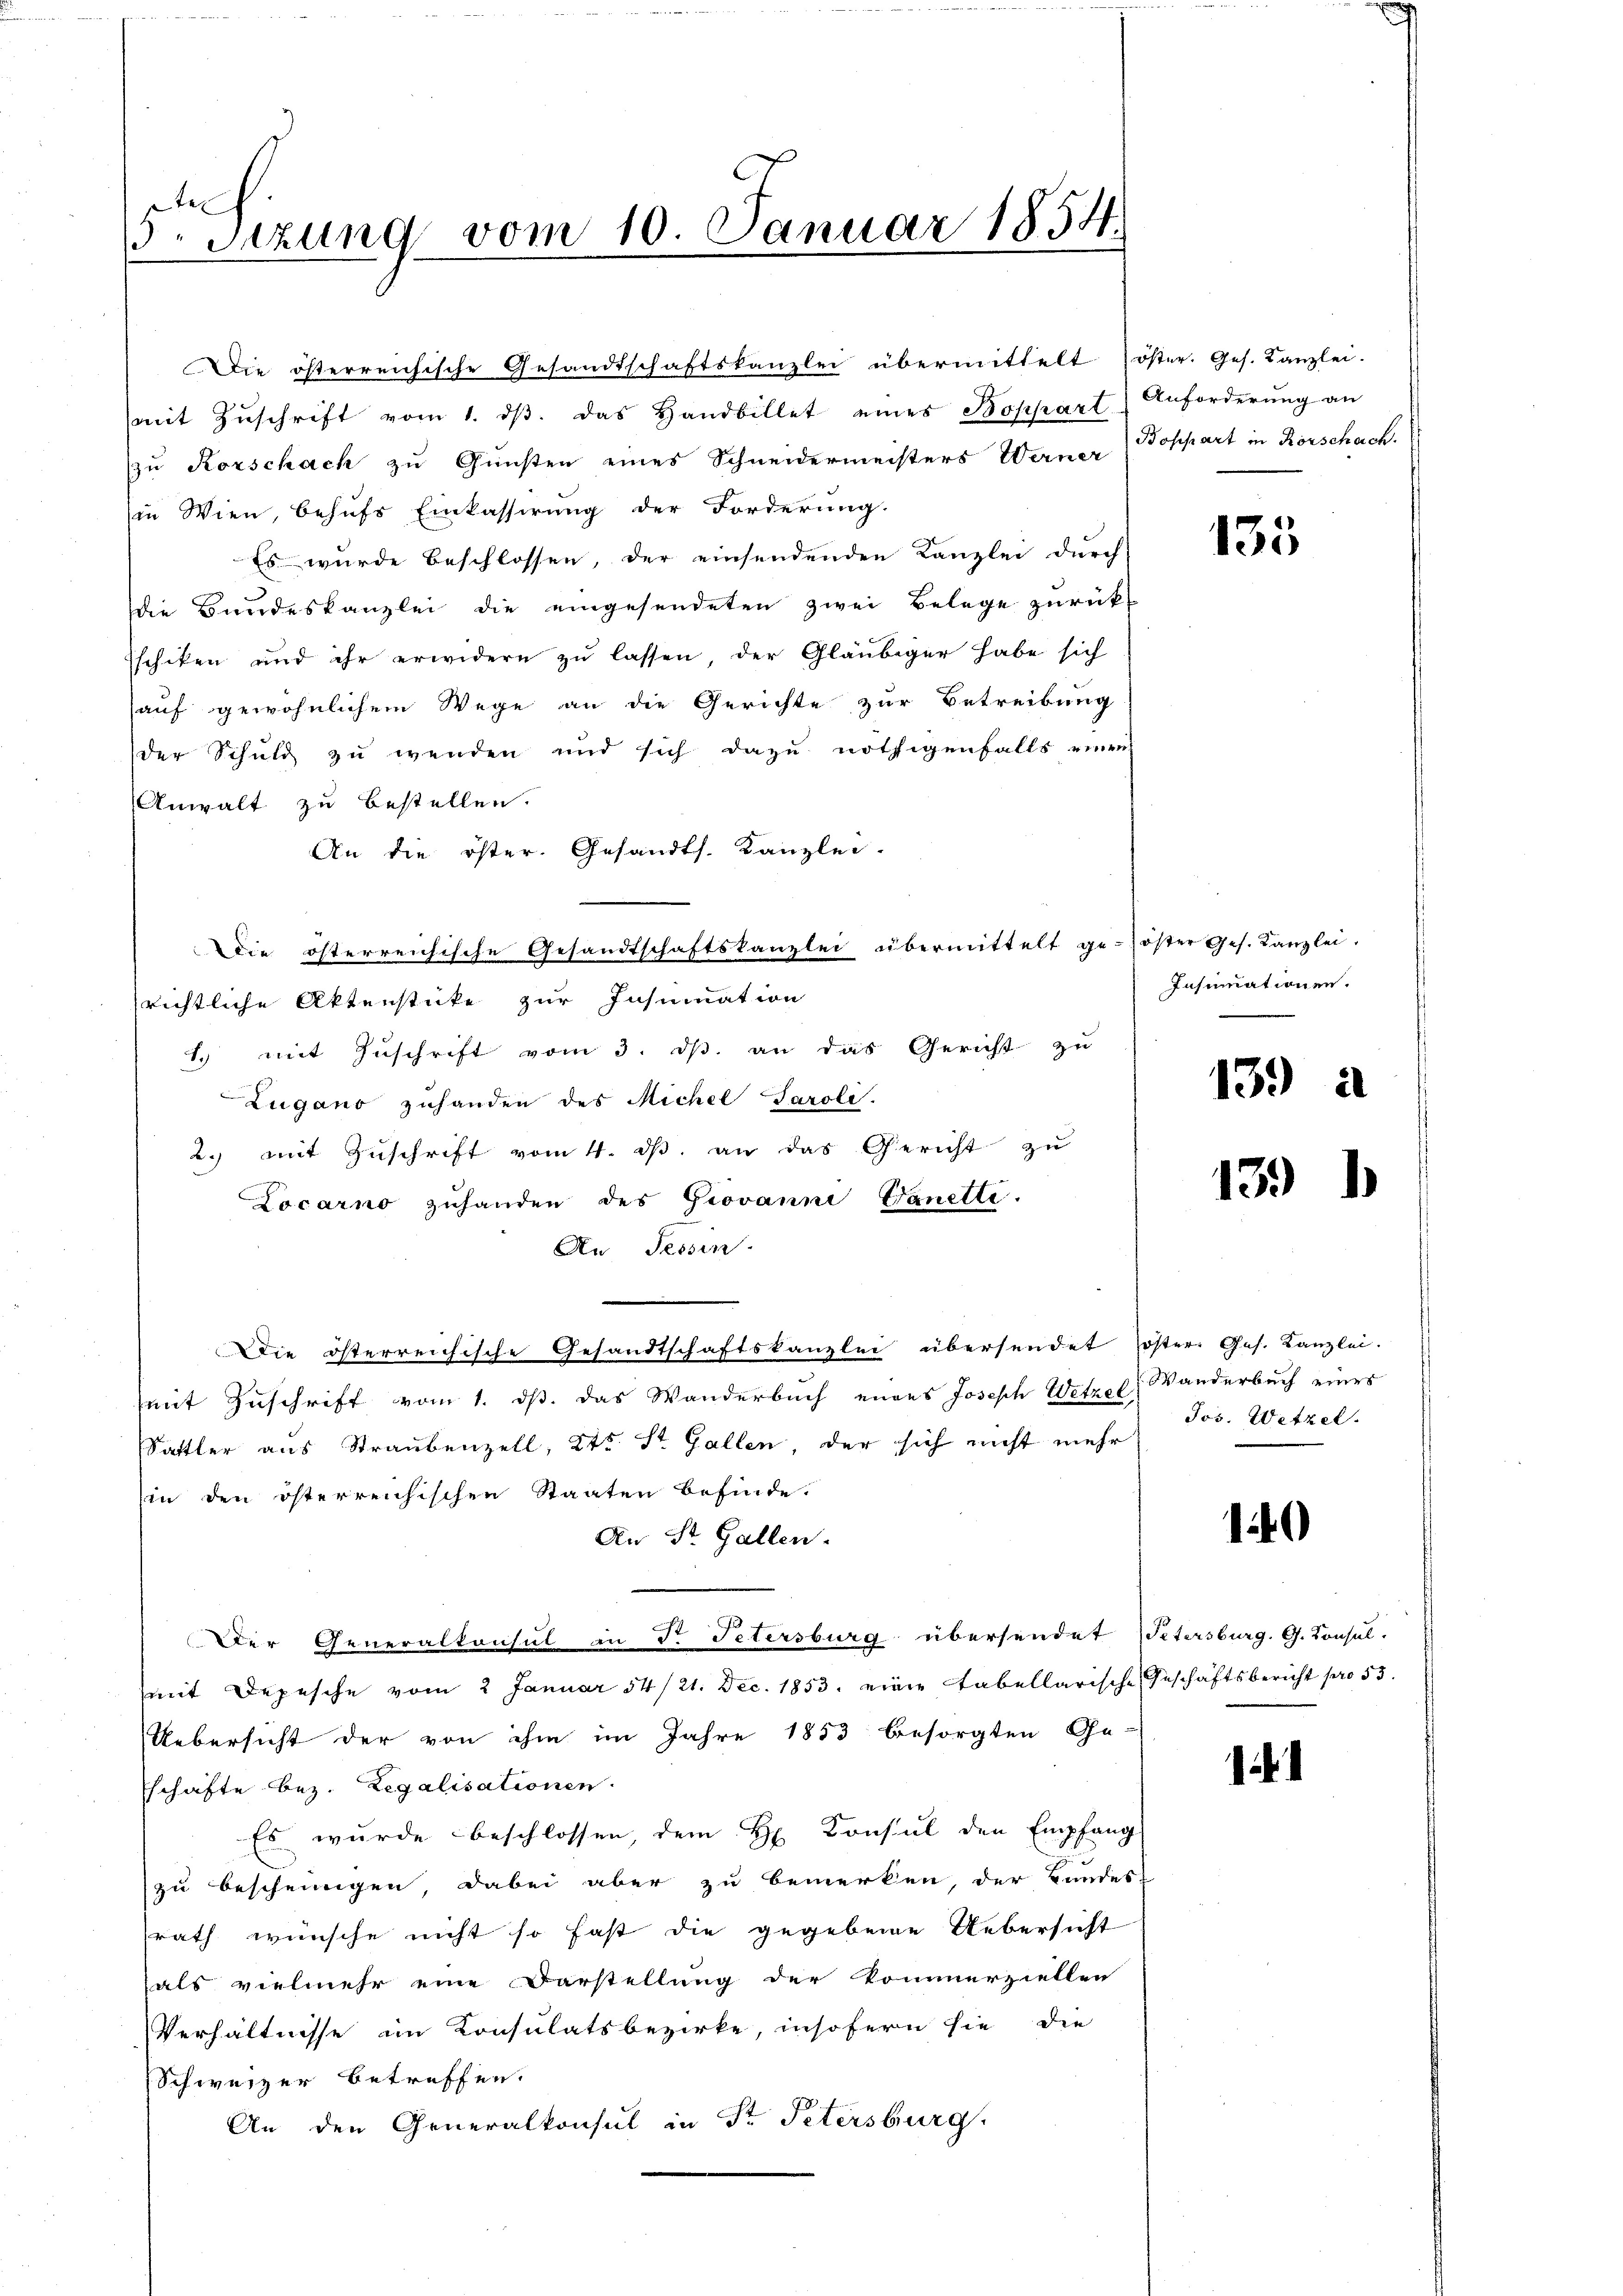
te
 Sitzung vom 10. Januar 1854.

(mit Zŭschrift vom 1. dβ. das Handbillet eines Boppart Anforderŭng an
zu Rorschach zu Gunsten eines Schneidermeisters Werner (Boppart in Rorschach.
in Wien, behufs Einkassirung der Forderung.
Es wurde beschlossen, der einsendenden Kanzlei durch
die Bundeskanzlei die eingesendeten zwei Belege zurück¬
Ischiken und ihr erwidern zu lassen, der Gläubiger habe sich
auf gewöhnlichem Wege an die Gerichte zur Betreibung
der Schuld zu wenden und sich dazu nöthigenfalls eine
Anwalt zu bestellen.
An die öster. Gesandts. Kanzlei-
Die österreichische Gesandtschaftskanzlei übermittelt ge-öster Ges. Kanzlei.
richtliche Aktenstücke zur Insinuation
1.) mit Zuschrift vom 3. ds. an das Gericht zu
Zugano zuhanden des Michel Jaroli
2. mit Zuschrift vom 4. ds. an das Gericht zu
Locarno zuhanden des Giovanni Ganelle.
An Tessin.
Die österreichische Gesandtschaftskanzlei übersendet öster. Ges. Kanzlei.
mit Zuschrift vom 1. ds. das Wanderbuch eines Joseph Wetzel Wanderbuch eines
Sattler aus Straubenzell, Kts. St. Gallen, der sich nicht mehr
in den österreichischen Staaten befinde.
An St. Gallen.
Der Generalkonsul an F. Petersburg übersendet Petersburg, G. Konsul-
mit Depesche vom 2 Januar 54/21. Dec. 1853. eine tabellarische Geschäftsbericht pro 53.
Uebersicht der von ihm im Jahre 1853 besorgten Ge-
schäfte bez. Regalisationen.
Es wurde beschlossen dem H Consul den Empfang
u
zu beschnungen dabei aber zu bemerken, der Landes-
rath wünsche nicht so fast die gegebene Uebersicht
als vielmehr eine Darstellung der kommerziellen
Verhältnisse im Konsulatsbezirke, insofern sie die
Schweizer betreffen.
An den Generalkonsul in Fr. Petersburg,

Die österreichische Gesandtschaftskanzlei übermittelt öster. Ges. Kanzlei-

135

Insumationen.

139 a

139)

Jos. Wetzel

1

.